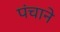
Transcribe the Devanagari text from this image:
पंचाने